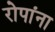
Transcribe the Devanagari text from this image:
रोपांना